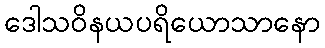
ဒေါသဝိနယပရိယောသာနော